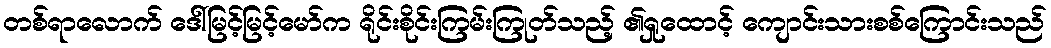
တစ်ရာလောက် ဒေါ်မြင့်မြင့်မော်က ရိုင်းစိုင်းကြမ်းကြုတ်သည့် ၏ရှုထောင့် ကျောင်းသားစစ်ကြောင်းသည်